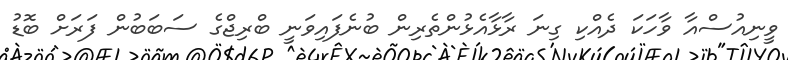
ވީނިއުސްއާ ވާހަކަ ދެއްކި ގިނަ ރާޅާއެޅުންތެރިން ބުނެފައިވަނީ ބްރިޖްގެ ސަބަބުން ފަރަށް ބޮޑު